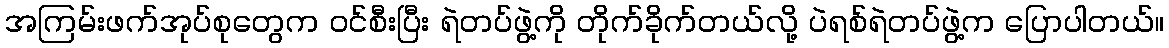
အကြမ်းဖက်အုပ်စုတွေက ဝင်စီးပြီး ရဲတပ်ဖွဲ့ကို တိုက်ခိုက်တယ်လို့ ပဲရစ်ရဲတပ်ဖွဲ့က ပြောပါတယ်။